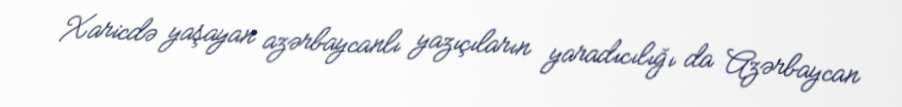
Xaricdə yaşayan azərbaycanlı yazıçıların yaradıcılığı da Azərbaycan